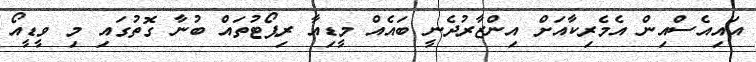
އައިއެސްއިން އެމެރިކާއަށް އިންޒާރުދެނީ ބައެއް މީޑިއާ ރިޕޯޓުތައް ބުނާ ގޮތުގައި މި ވީޑީއޯ